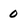
Character: 0